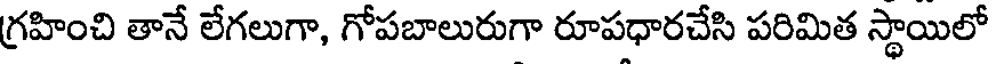
గ్రహించి తానే లేగలుగా, గోపబాలురుగా రూపధారచేసి పరిమిత స్థాయిలో